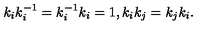
k _ { i } k _ { i } ^ { - 1 } = k _ { i } ^ { - 1 } k _ { i } = 1 , k _ { i } k _ { j } = k _ { j } k _ { i } .